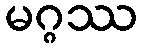
မဂ္ဂဿ